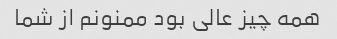
همه چیز عالی بود ممنونم از شما